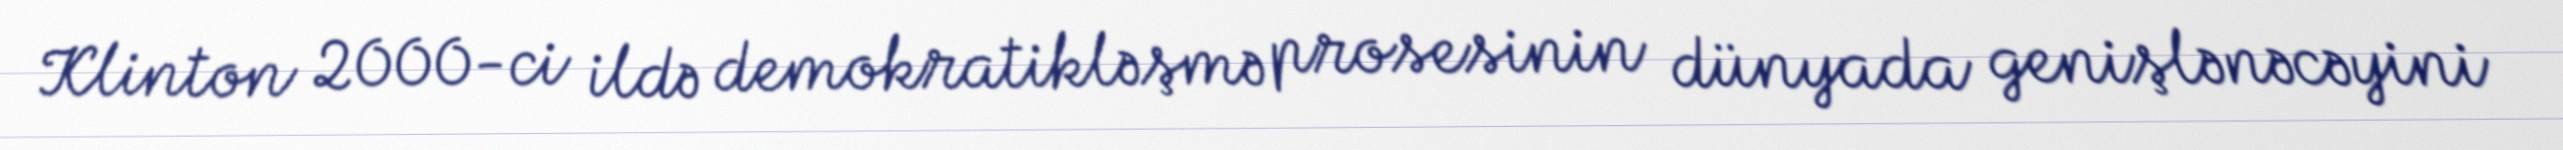
Klinton 2000-ci ildə demokratikləşmə prosesinin dünyada genişlənəcəyini